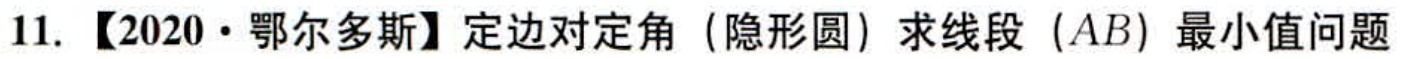
11. 【2020·鄂尔多斯】定边对定角（隐形圆）求线段（\(AB\)）最小值问题